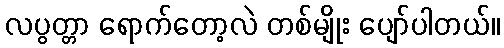
လပွတ္တာ ရောက်တော့လဲ တစ်မျိုး ပျော်ပါတယ်။